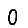
Digit: 0